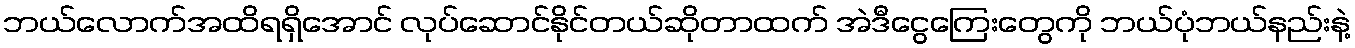
ဘယ်လောက်အထိရရှိအောင် လုပ်ဆောင်နိုင်တယ်ဆိုတာထက် အဲဒီငွေကြေးတွေကို ဘယ်ပုံဘယ်နည်းနဲ့